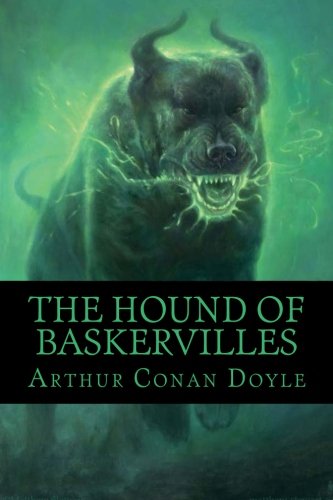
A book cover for The hound of Baskervilles; Arthur Conan Doyle; Literature & Fiction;